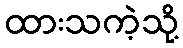
ထားသကဲ့သို့